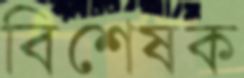
বিশেষক